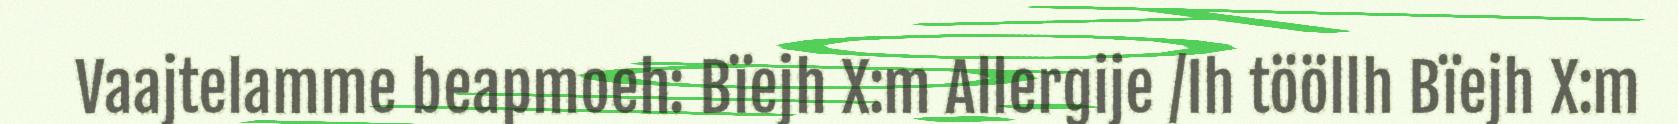
Vaajtelamme beapmoeh: Bïejh X:m Allergije /Ih tööllh Bïejh X:m